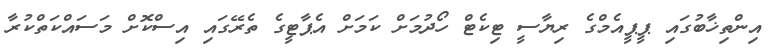
އިންތިޚާބުގައި ޕީޕީއެމްގެ ރިޔާސީ ޓިކެޓް ހޯދުމަށް ކަމަށް އެޕާޓީގެ ތެރޭގައި އިސްކޮށް މަސައްކަތްކުރާ